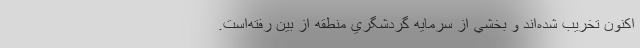
اكنون تخريب شده‌اند و بخشي از سرمايه گردشگري منطقه از بين رفته‌است.